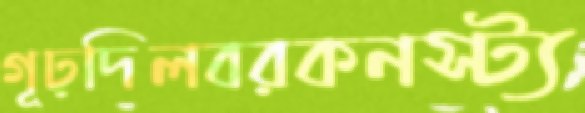
গূঢ়দিলবরকনস্ট্য